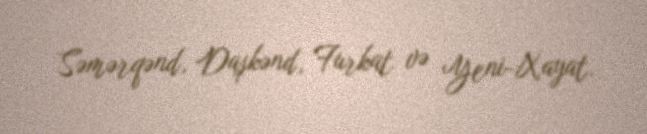
Səmərqənd, Daşkənd, Furkat və Yeni-Xayat.